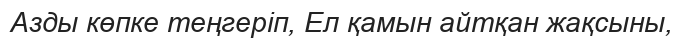
Азды көпке теңгеріп, Ел қамын айтқан жақсыны,